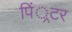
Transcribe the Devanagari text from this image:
पिं्रटर